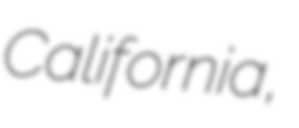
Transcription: California,